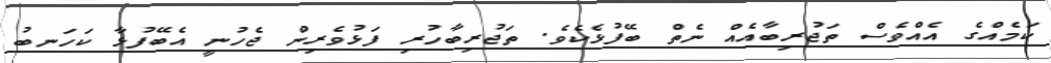
ކަމެއްގެ އެއްވެސް ތަޖުރިބާއެއް ނެތް ބޭފުޅެކެވެ. ތަޖުރިބާހުރި ފަޅުވެރިން ޖެހުނީ އެބޭފުޅާ ކަހަނބު